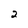
Character: 2